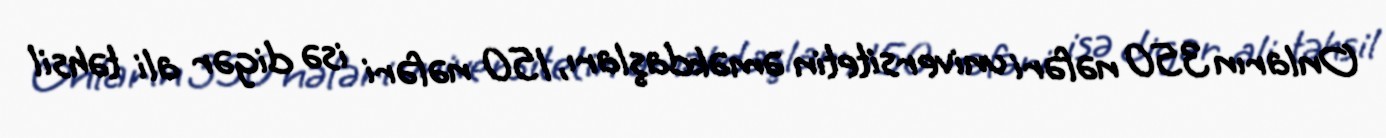
Onların 350 nəfəri universitetin əməkdaşları, 150 nəfəri isə digər ali təhsil